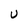
Character: U